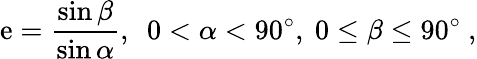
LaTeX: \mathrm{e}={\frac{{\sin\beta}}{{\sin\alpha}}},\ \ 0<\alpha<90^{\circ},\ 0\leq\beta\leq90^{\circ}\ ,